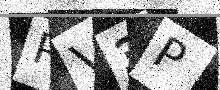
Text: RV3P